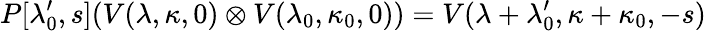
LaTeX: P[\lambda_{0}^{\prime},s](V(\lambda,\kappa,0)\otimes V(\lambda_{0},\kappa_{0},0))={V}(\lambda+\lambda_{0}^{\prime},\kappa+\kappa_{0},-s)